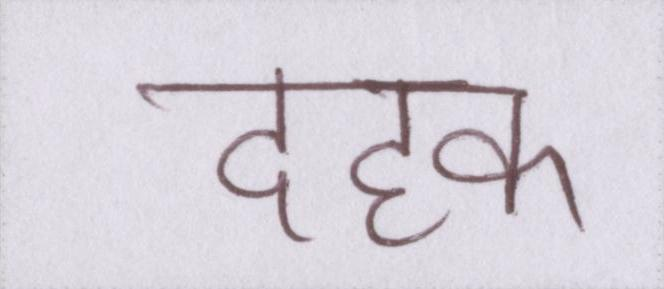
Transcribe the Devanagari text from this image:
दहक